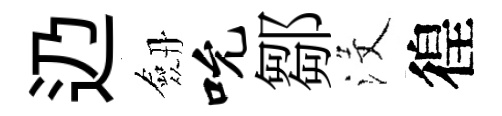
辸劔吮鄒沒徨